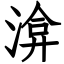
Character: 渰